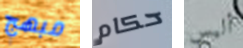
مبهج حكام أليس